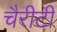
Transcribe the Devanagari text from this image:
चैरीटी